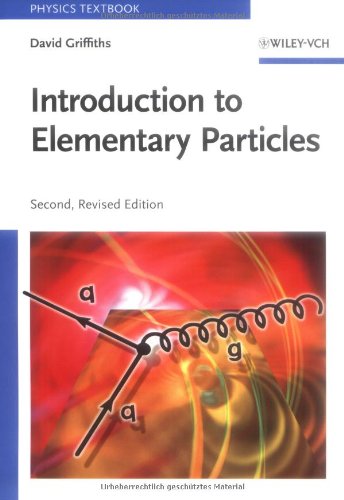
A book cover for Introduction to Elementary Particles; David Griffiths; Science & Math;